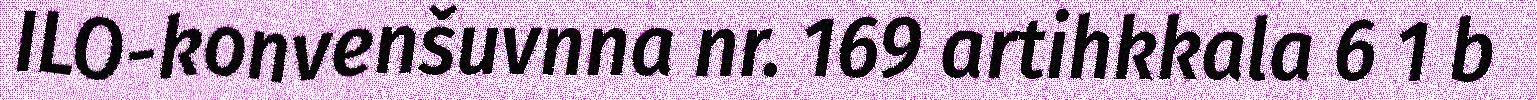
ILO-konvenšuvnna nr. 169 artihkkala 6 1 b